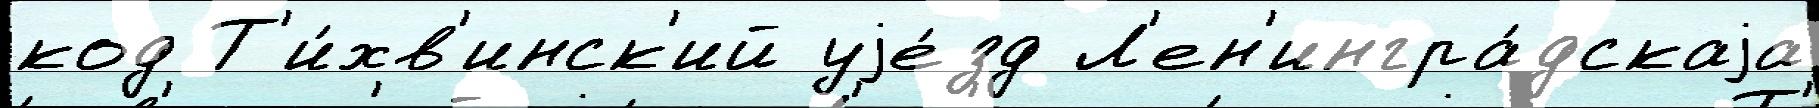
код Т'и́хв'инск'ий уjе́зд Л'ен'ингра́дскаjа